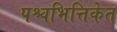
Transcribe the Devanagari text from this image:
पश्चभित्तिकेत